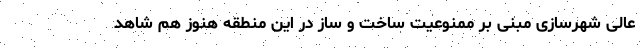
عالی شهرسازی مبنی بر ممنوعیت ساخت و ساز در این منطقه هنوز هم شاهد